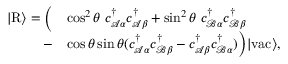
\begin{array} { r l } { \vert \mathrm { R } \rangle = \Big ( } & { \cos ^ { 2 } \theta \; { c } _ { \mathcal { A } \alpha } ^ { \dagger } { c } _ { \mathcal { A } \beta } ^ { \dagger } + \sin ^ { 2 } \theta \; { c } _ { \mathcal { B } \alpha } ^ { \dagger } { c } _ { \mathcal { B } \beta } ^ { \dagger } } \\ { - } & { \cos \theta \sin \theta ( { c } _ { \mathcal { A } \alpha } ^ { \dagger } { c } _ { \mathcal { B } \beta } ^ { \dagger } - { c } _ { \mathcal { A } \beta } ^ { \dagger } { c } _ { \mathcal { B } \alpha } ^ { \dagger } ) \Big ) \vert \mathrm { v a c } \rangle , } \end{array}